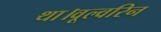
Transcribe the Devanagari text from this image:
था।वूल्वरिन